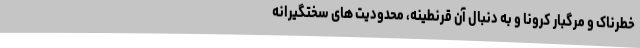
خطرناک و مرگبار کرونا و به دنبال آن قرنطینه، محدودیت های سختگیرانه